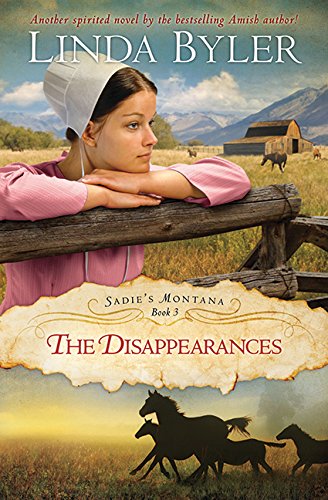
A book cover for Disappearances: Another Spirited Novel By The Bestselling Amish Author! (Sadie's Montana); Linda Byler; Religion & Spirituality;